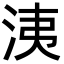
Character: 洟